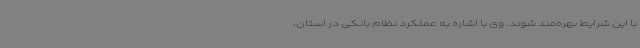
با این شرایط بهره‌مند شوند. وی با اشاره به عملکرد نظام بانکی در استان،